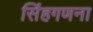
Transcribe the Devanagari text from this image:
सिंहगणना